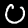
Label: 0